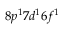
8 p ^ { 1 } 7 d ^ { 1 } 6 f ^ { 1 }